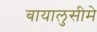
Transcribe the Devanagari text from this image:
बायालुसीमे